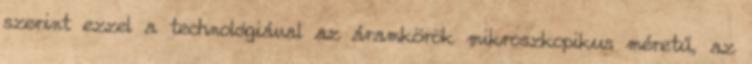
szerint ezzel a technológiával az áramkörök mikroszkopikus méretű, az